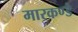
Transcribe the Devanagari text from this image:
मारकण्डे